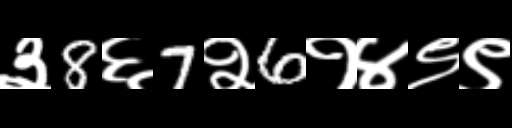
Text: ३8६7२6१४९९